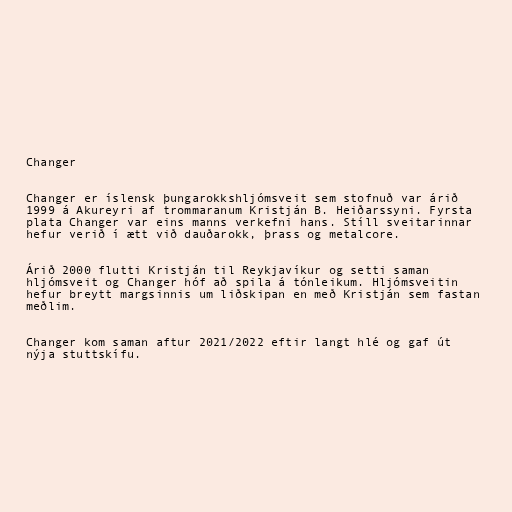
Changer

Changer er íslensk þungarokkshljómsveit sem stofnuð var árið
1999 á Akureyri af trommaranum Kristján B. Heiðarssyni. Fyrsta
plata Changer var eins manns verkefni hans. Stíll sveitarinnar
hefur verið í ætt við dauðarokk, þrass og metalcore.

Árið 2000 flutti Kristján til Reykjavíkur og setti saman
hljómsveit og Changer hóf að spila á tónleikum. Hljómsveitin
hefur breytt margsinnis um liðskipan en með Kristján sem fastan
meðlim.

Changer kom saman aftur 2021/2022 eftir langt hlé og gaf út
nýja stuttskífu.